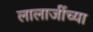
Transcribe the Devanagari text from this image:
लालाजींच्या